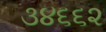
૩૪૬૬૨